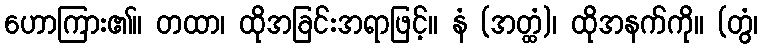
ဟောကြား၏။ တထာ၊ ထိုအခြင်းအရာဖြင့်။ နံ (အတ္ထံ)၊ ထိုအနက်ကို။ (တွံ၊